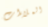
الملاءات